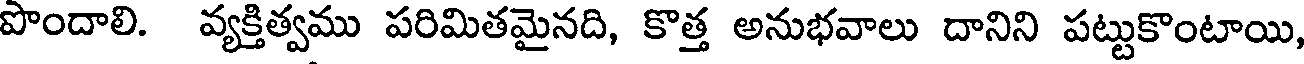
పొందాలి. వ్యక్తిత్వము పరిమితమైనది, కొత్త అనుభవాలు దానిని పట్టుకొంటాయి,